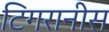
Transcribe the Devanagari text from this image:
टिगरानीस